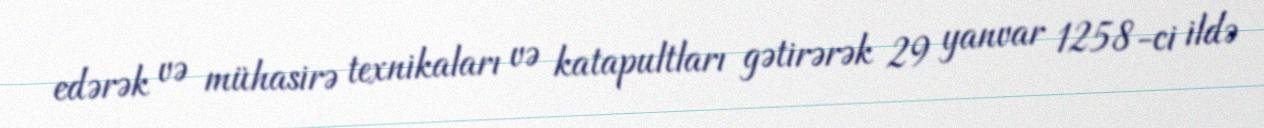
edərək və mühasirə texnikaları və katapultları gətirərək 29 yanvar 1258-ci ildə